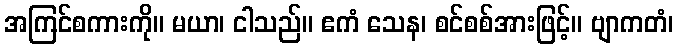
အကြင်စကားကို။ မယာ၊ ငါသည်။ ဧကံ သေန၊ စင်စစ်အားဖြင့်။ ဗျာကတံ၊